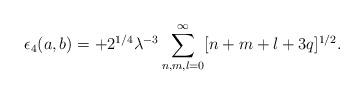
LaTeX: \begin{align*}\epsilon_4(a,b)=+2^{1/4}\lambda^{-3} \sum_{n,m,l=0}^{\infty}[n+m+l+3q]^{1/2}.\end{align*}